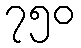
၇၅၀